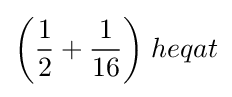
{\bigg (}{\frac {1}{2}}+{\frac {1}{16}}{\bigg )}\;heqat